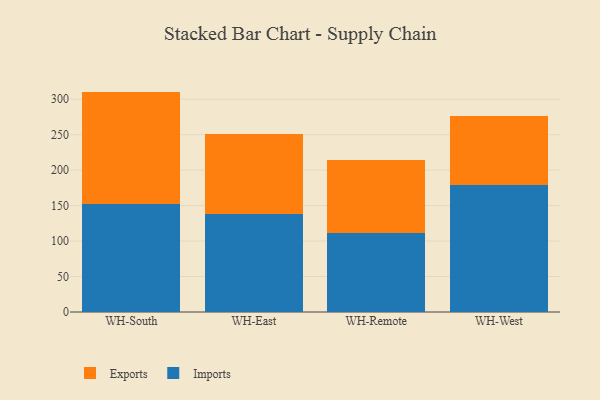
{"axis": {"x": "Warehouse", "y": "Bounce Rate (%)"}, "legend": ["Exports", "Imports"], "data": [{"x": "WH-South", "y": 152.4, "type": "Imports"}, {"x": "WH-South", "y": 158.3, "type": "Exports"}, {"x": "WH-East", "y": 137.7, "type": "Imports"}, {"x": "WH-East", "y": 113.7, "type": "Exports"}, {"x": "WH-Remote", "y": 111.4, "type": "Imports"}, {"x": "WH-Remote", "y": 102.8, "type": "Exports"}, {"x": "WH-West", "y": 178.4, "type": "Imports"}, {"x": "WH-West", "y": 97.3, "type": "Exports"}]}